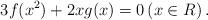
LaTeX: \begin{align*} 3f(x^{2})+2xg(x)=0 \left(x\in R\right). \end{align*}